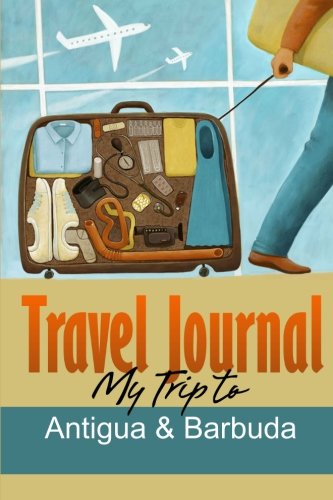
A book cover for Travel Journal: My Trip to Antigua and Barbuda; Travel Diary; Travel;